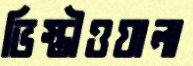
ভিস্তীওয়ালা